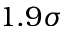
1 . 9 \sigma